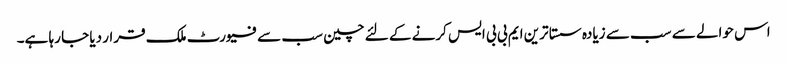
اس حوالے سے سب سے زیادہ سستا ترین ایم بی بی ایس کرنے کے لئے چین سب سے فیورٹ ملک قرار دیا جا رہا ہے۔